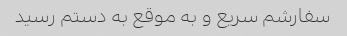
سفارشم سریع و به موقع به دستم رسید